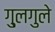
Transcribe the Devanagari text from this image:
गु्लगुले